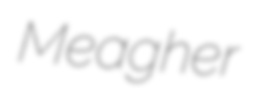
Meagher